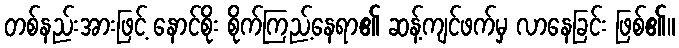
တစ်နည်းအားဖြင့် နောင်စိုး စိုက်ကြည့်နေရာ၏ ဆန့်ကျင်ဖက်မှ လာနေခြင်း ဖြစ်၏။